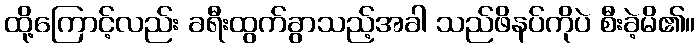
ထို့ကြောင့်လည်း ခရီးထွက်ခွာသည့်အခါ သည်ဖိနပ်ကိုပဲ စီးခဲ့မိ၏။